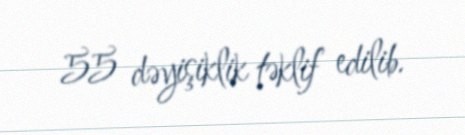
55 dəyişiklik təklif edilib.